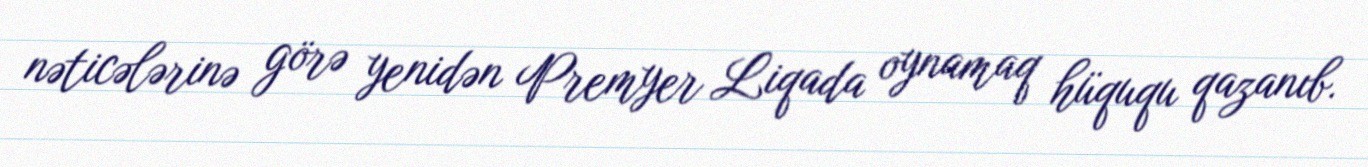
nəticələrinə görə yenidən Premyer Liqada oynamaq hüququ qazanıb.